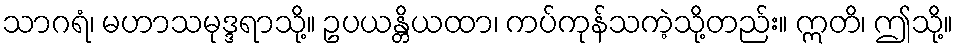
သာဂရံ၊ မဟာသမုဒ္ဒရာသို့။ ဥပယန္တိယထာ၊ ကပ်ကုန်သကဲ့သို့တည်း။ ဣတိ၊ ဤသို့။